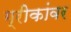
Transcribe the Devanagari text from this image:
ग्रीकांवर